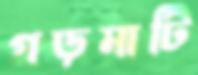
গড়মাটি